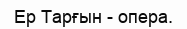
Ер Тарғын - опера.